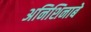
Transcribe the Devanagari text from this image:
अनिशिनाबे